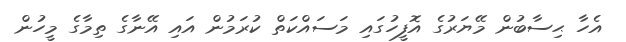
އެހާ ޙިސާބުން މޭޔަރުގެ އޮފީހުގައި މަސައްކަތް ކުރަމުން އައި އޭނާގެ ތިމާގެ މީހުން